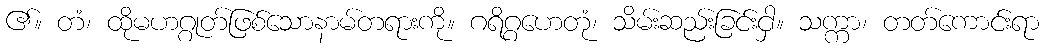
၏။ တံ၊ ထိုမဟဂ္ဂုတ်ဖြစ်သောနာမ်တရားကို။ ဂရိဂ္ဂဟေတုံ၊ သိမ်းဆည်းခြင်းငှါ။ သက္ကာ၊ တတ်ကောင်းရာ